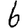
Digit: 6